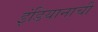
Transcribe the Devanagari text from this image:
इंडियानाची